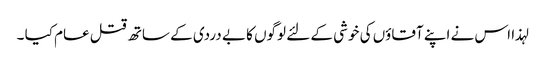
لہذا اس نے اپنے آقاؤں کی خوشی کے لئے لوگوں کا بے دردی کے ساتھ قتل عام کیا ۔